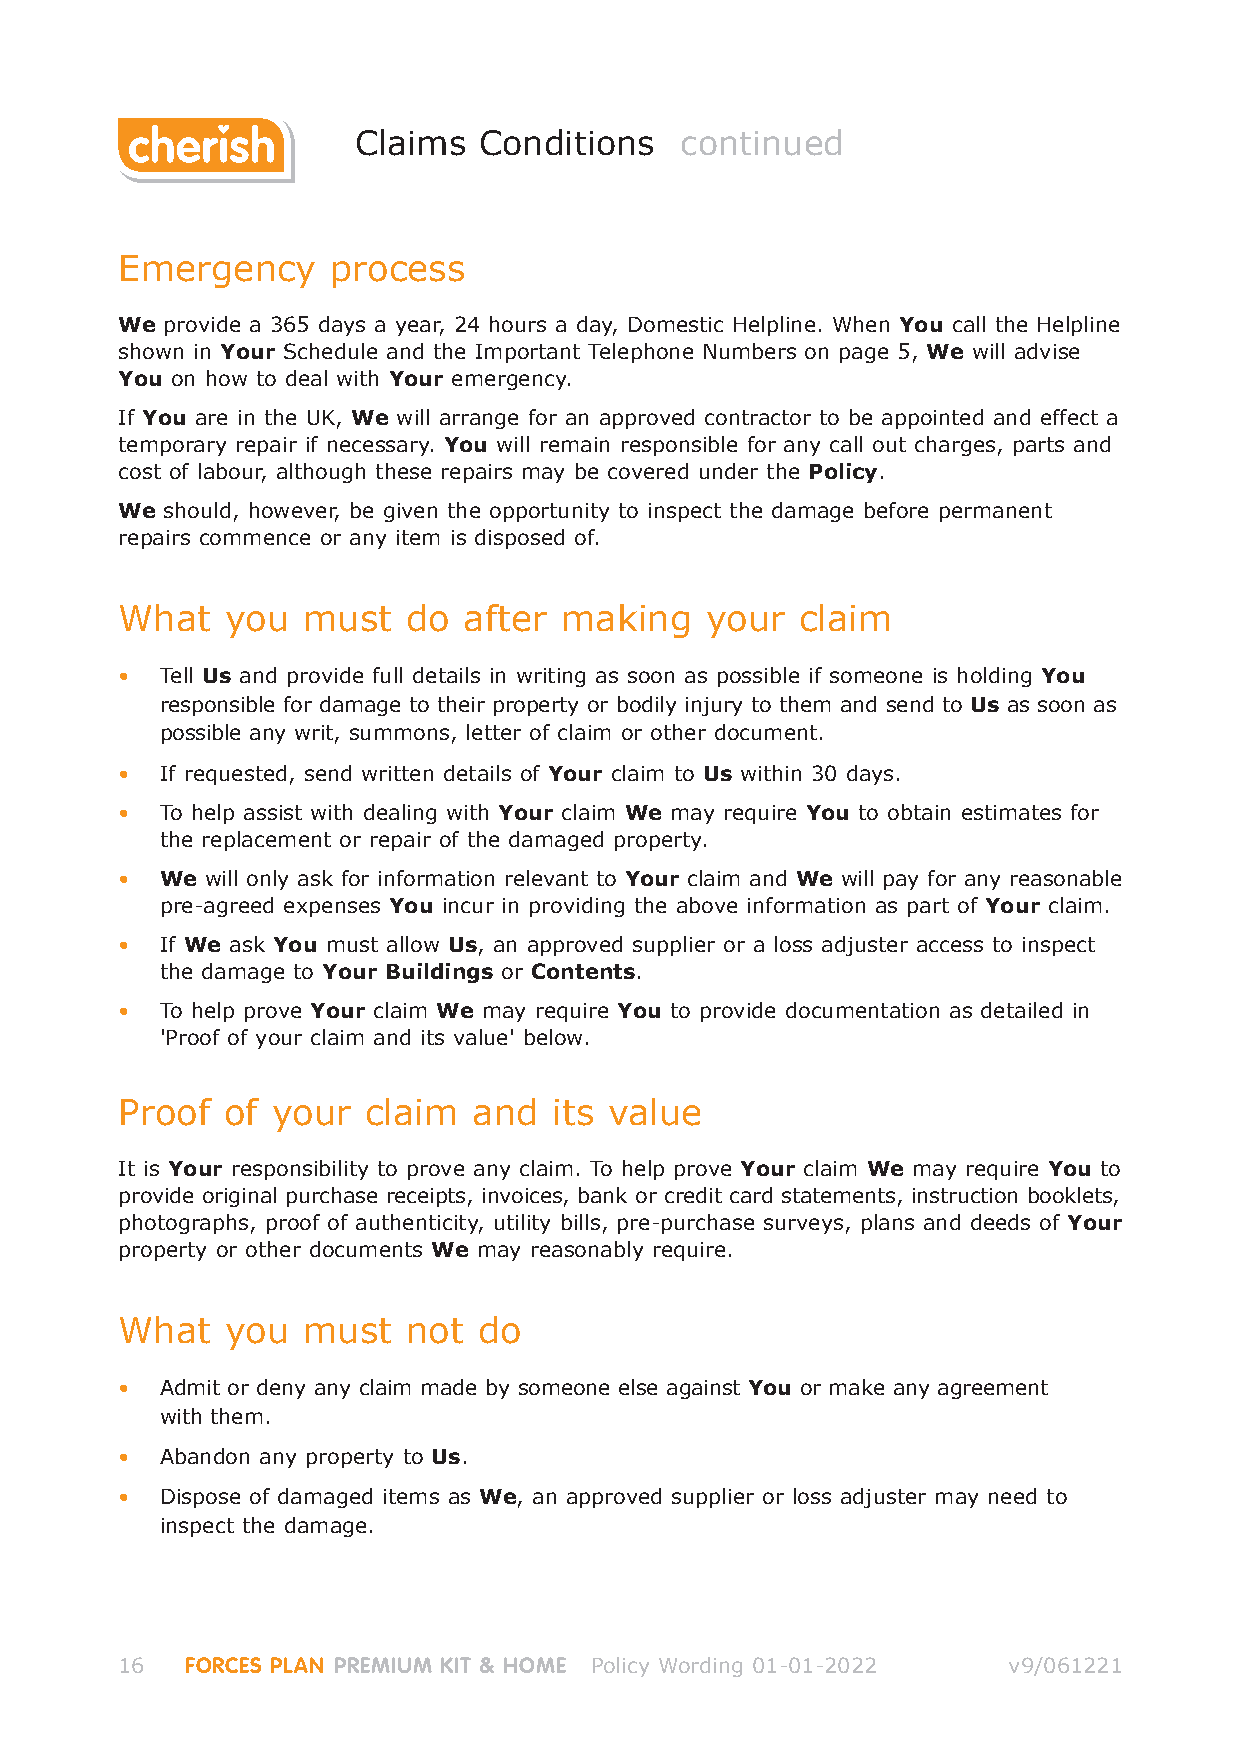
Claims   Conditions   continued
 Emergency     process
 We provide a 365 days a year, 24 hours a day, Domestic Helpline. When You call the Helpline
 shown in Your Schedule and the Important Telephone Numbers on page 5, We will advise
 You on how to deal with Your emergency.
 If You are in the UK, We will arrange for an approved contractor to be appointed and effect a
 temporary repair if necessary. You will remain responsible for any call out charges, parts and
 cost of labour, although these repairs may be covered under the Policy.
 We should, however, be given the opportunity to inspect the damage before permanent
 repairs commence or any item is disposed of.
 What   you  must   do  after making    your  claim
 •  Tell Us and provide full details in writing as soon as possible if someone is holding You
 responsible for damage to their property or bodily injury to them and send to Us as soon as
 possible any writ, summons, letter of claim or other document.
 •  If requested, send written details of Your claim to Us within 30 days.
 •  To help assist with dealing with Your claim We may require You to obtain estimates for
 the replacement or repair of the damaged property.
 •  We will only ask for information relevant to Your claim and We will pay for any reasonable
 pre-agreed expenses You incur in providing the above information as part of Your claim.
 •  If We ask You must allow Us, an approved supplier or a loss adjuster access to inspect
 the damage to Your Buildings or Contents.
 •  To help prove Your claim We may require You to provide documentation as detailed in
 'Proof of your claim and its value' below.
 Proof  of your  claim  and   its value
 It is Your responsibility to prove any claim. To help prove Your claim We may require You to
 provide original purchase receipts, invoices, bank or credit card statements, instruction booklets,
 photographs, proof of authenticity, utility bills, pre-purchase surveys, plans and deeds of Your
 property or other documents We may reasonably require.
 What   you  must   not  do
 •  Admit or deny any claim made by someone else against You or make any agreement
 with them.
 •  Abandon any property to Us.
 •  Dispose of damaged items as We, an approved supplier or loss adjuster may need to
 inspect the damage.
 16  FORCES PLAN PREMIUM KIT & HOME Policy Wording 01-01-2022 v9/061221